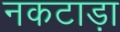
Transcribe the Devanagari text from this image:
नकटाड़ा